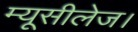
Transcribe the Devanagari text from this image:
म्यूसीलेज।